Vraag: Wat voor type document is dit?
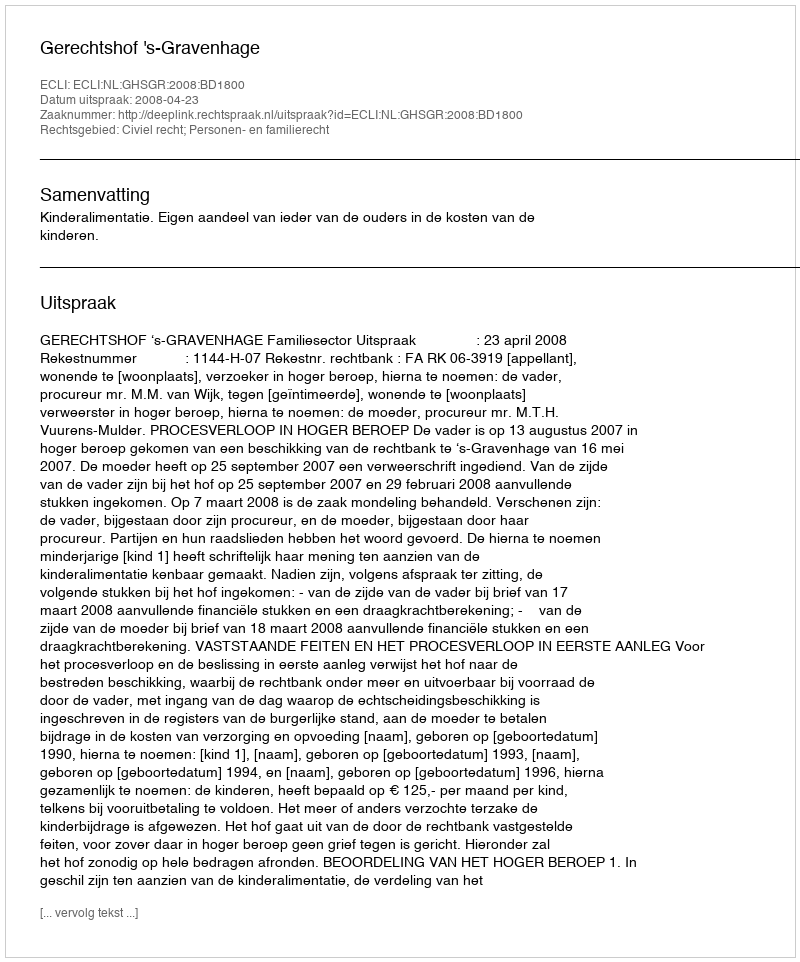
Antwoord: Uitspraak